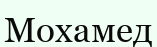
Мохамед